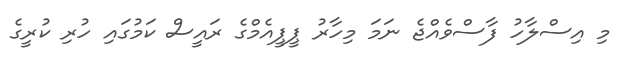
މި އިސްލާހު ފާސްވެއްޖެ ނަމަ މިހާރު ޕީޕީއެމްގެ ރައީސް ކަމުގައި ހުރި ކުރީގެ